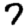
Digit: 7